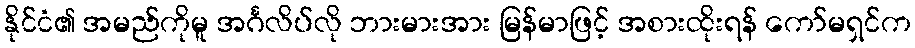
နိုင်ငံ၏ အမည်ကိုမူ အင်္ဂလိပ်လို ဘားမားအား မြန်မာဖြင့် အစားထိုးရန် ကော်မရှင်က